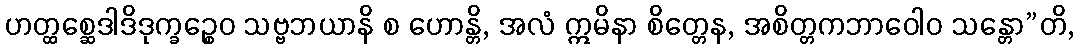
ဟတ္ထစ္ဆေဒါဒိဒုက္ခဉ္စေဝ သဗ္ဗဘယာနိ စ ဟောန္တိ, အလံ ဣမိနာ စိတ္တေန, အစိတ္တကဘာဝေါဝ သန္တော”တိ,